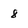
Character: 8